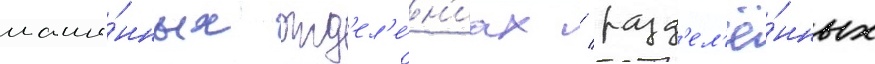
маши́нных отд'ел'е́н'иах / разд'ел'ё́нных